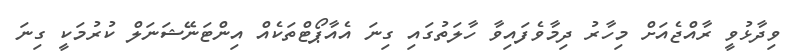
ވިދާޅުވީ ރާއްޖެއަށް މިހާރު ދިމާވެފައިވާ ހާލަތުގައި ގިނަ އެއާޕޯޓްތަކެއް އިންޓަނޭޝަނަލް ކުރުމަކީ ގިނަ